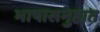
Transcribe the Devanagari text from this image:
भाषासमुहात